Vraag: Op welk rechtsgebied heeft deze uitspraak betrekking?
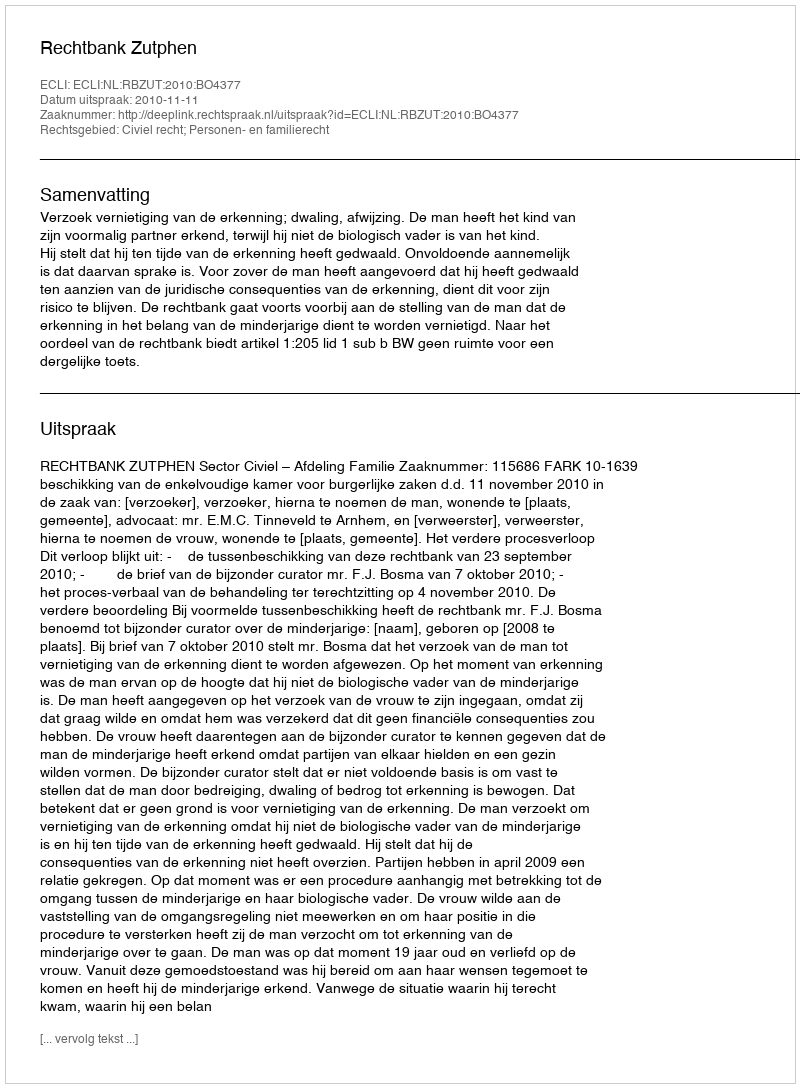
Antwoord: Civiel recht; Personen- en familierecht